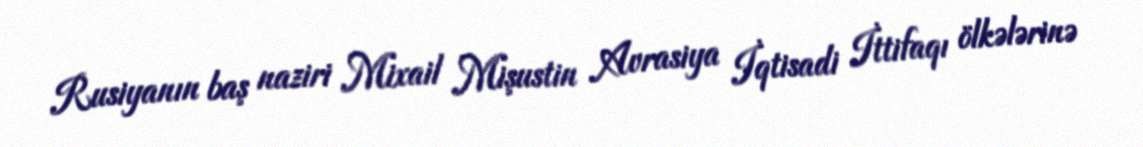
Rusiyanın baş naziri Mixail Mişustin Avrasiya İqtisadi İttifaqı ölkələrinə